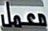
معمل